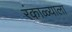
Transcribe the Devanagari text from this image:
रंकाळ्याला